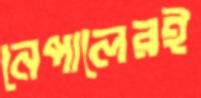
নেপালেরই